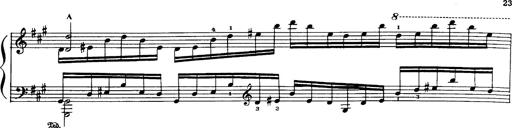
Title: Danza sacra e duetto finale dâ€™Aida
Composer: Franz Liszt